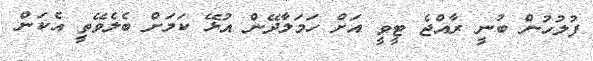
ފުލުހުން ބުނީ ރާއްޖެ ޓީވީ އަށް ހަމަލާދޭން އުޅޭ ކަމަށް ބެލެވޭތީ އެކަން